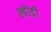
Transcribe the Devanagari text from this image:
ल्होड़ी